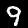
Digit: 9